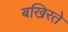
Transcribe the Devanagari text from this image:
बखिरते